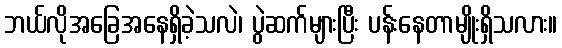
ဘယ်လိုအခြေအနေရှိခဲ့သလဲ၊ ပွဲဆက်များပြီး ပန်းနေတာမျိုးရှိသလား။